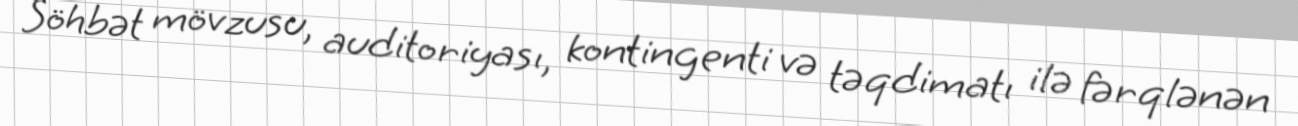
Söhbət mövzusu, auditoriyası, kontingenti və təqdimatı ilə fərqlənən